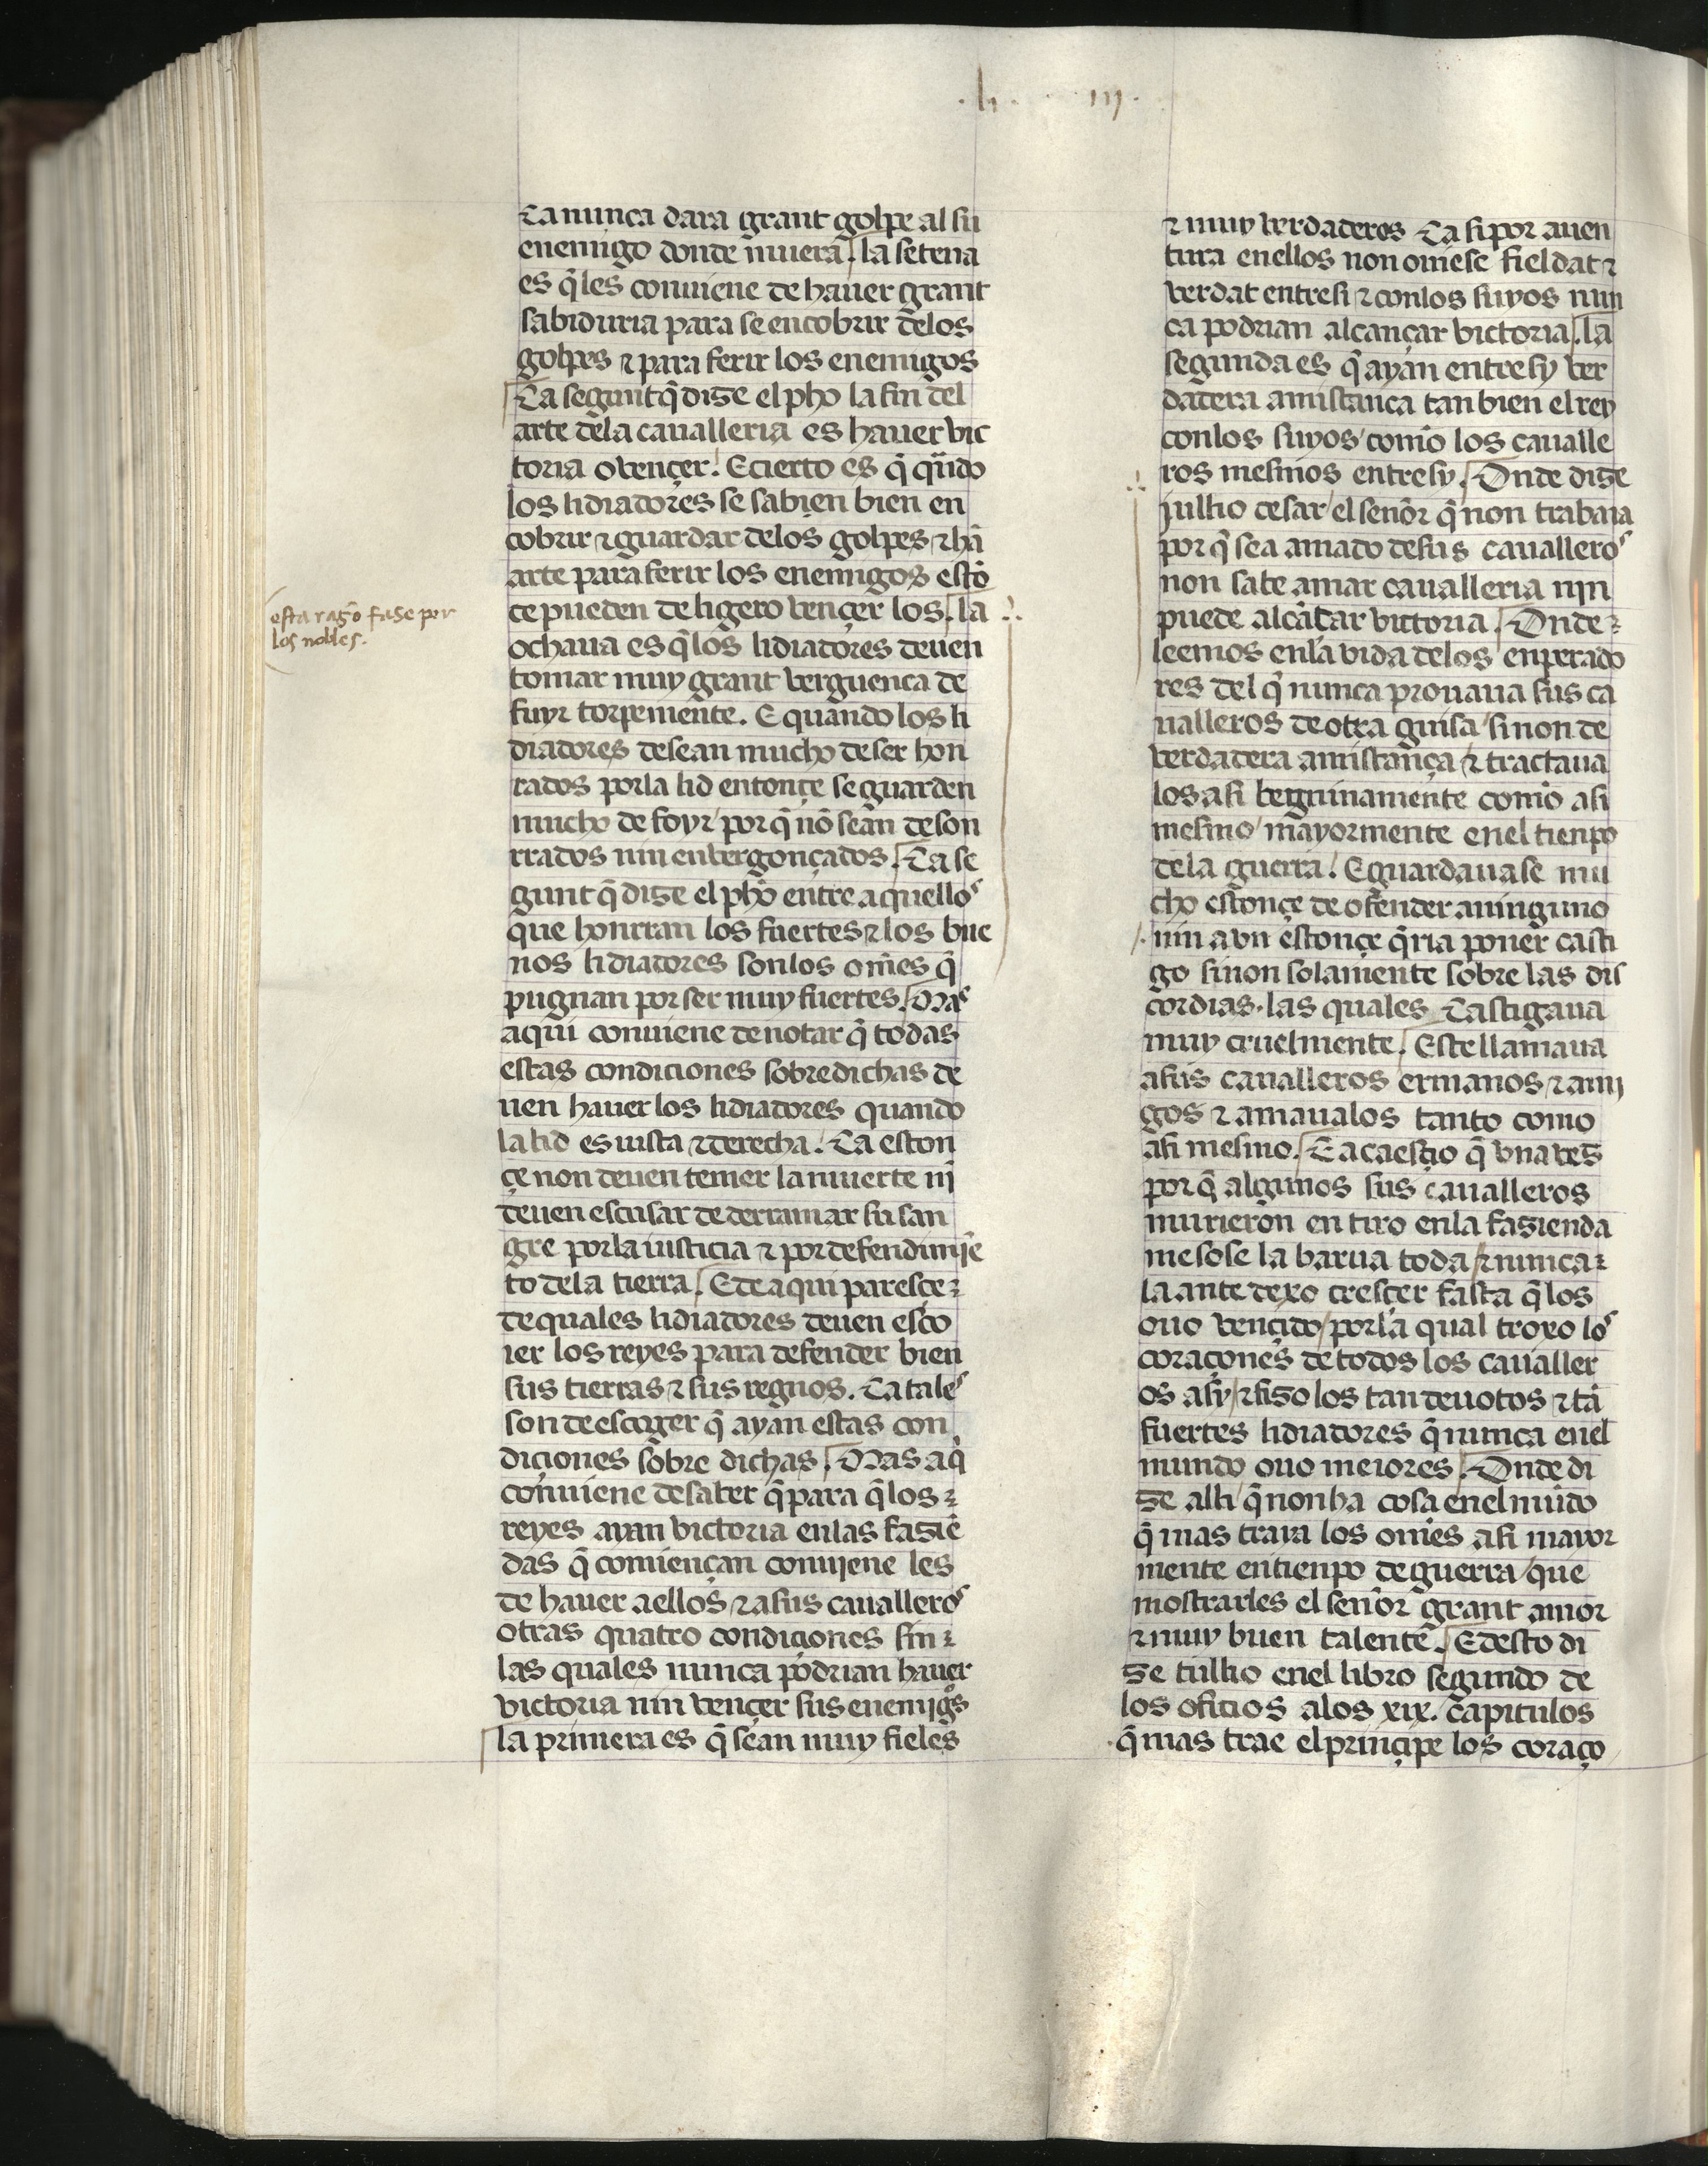
Shelfmark: Madrid, Fundación Lázaro Galdiano, mss 289
Century: 15